Leningradi_Edasi_toimetus, lk 99
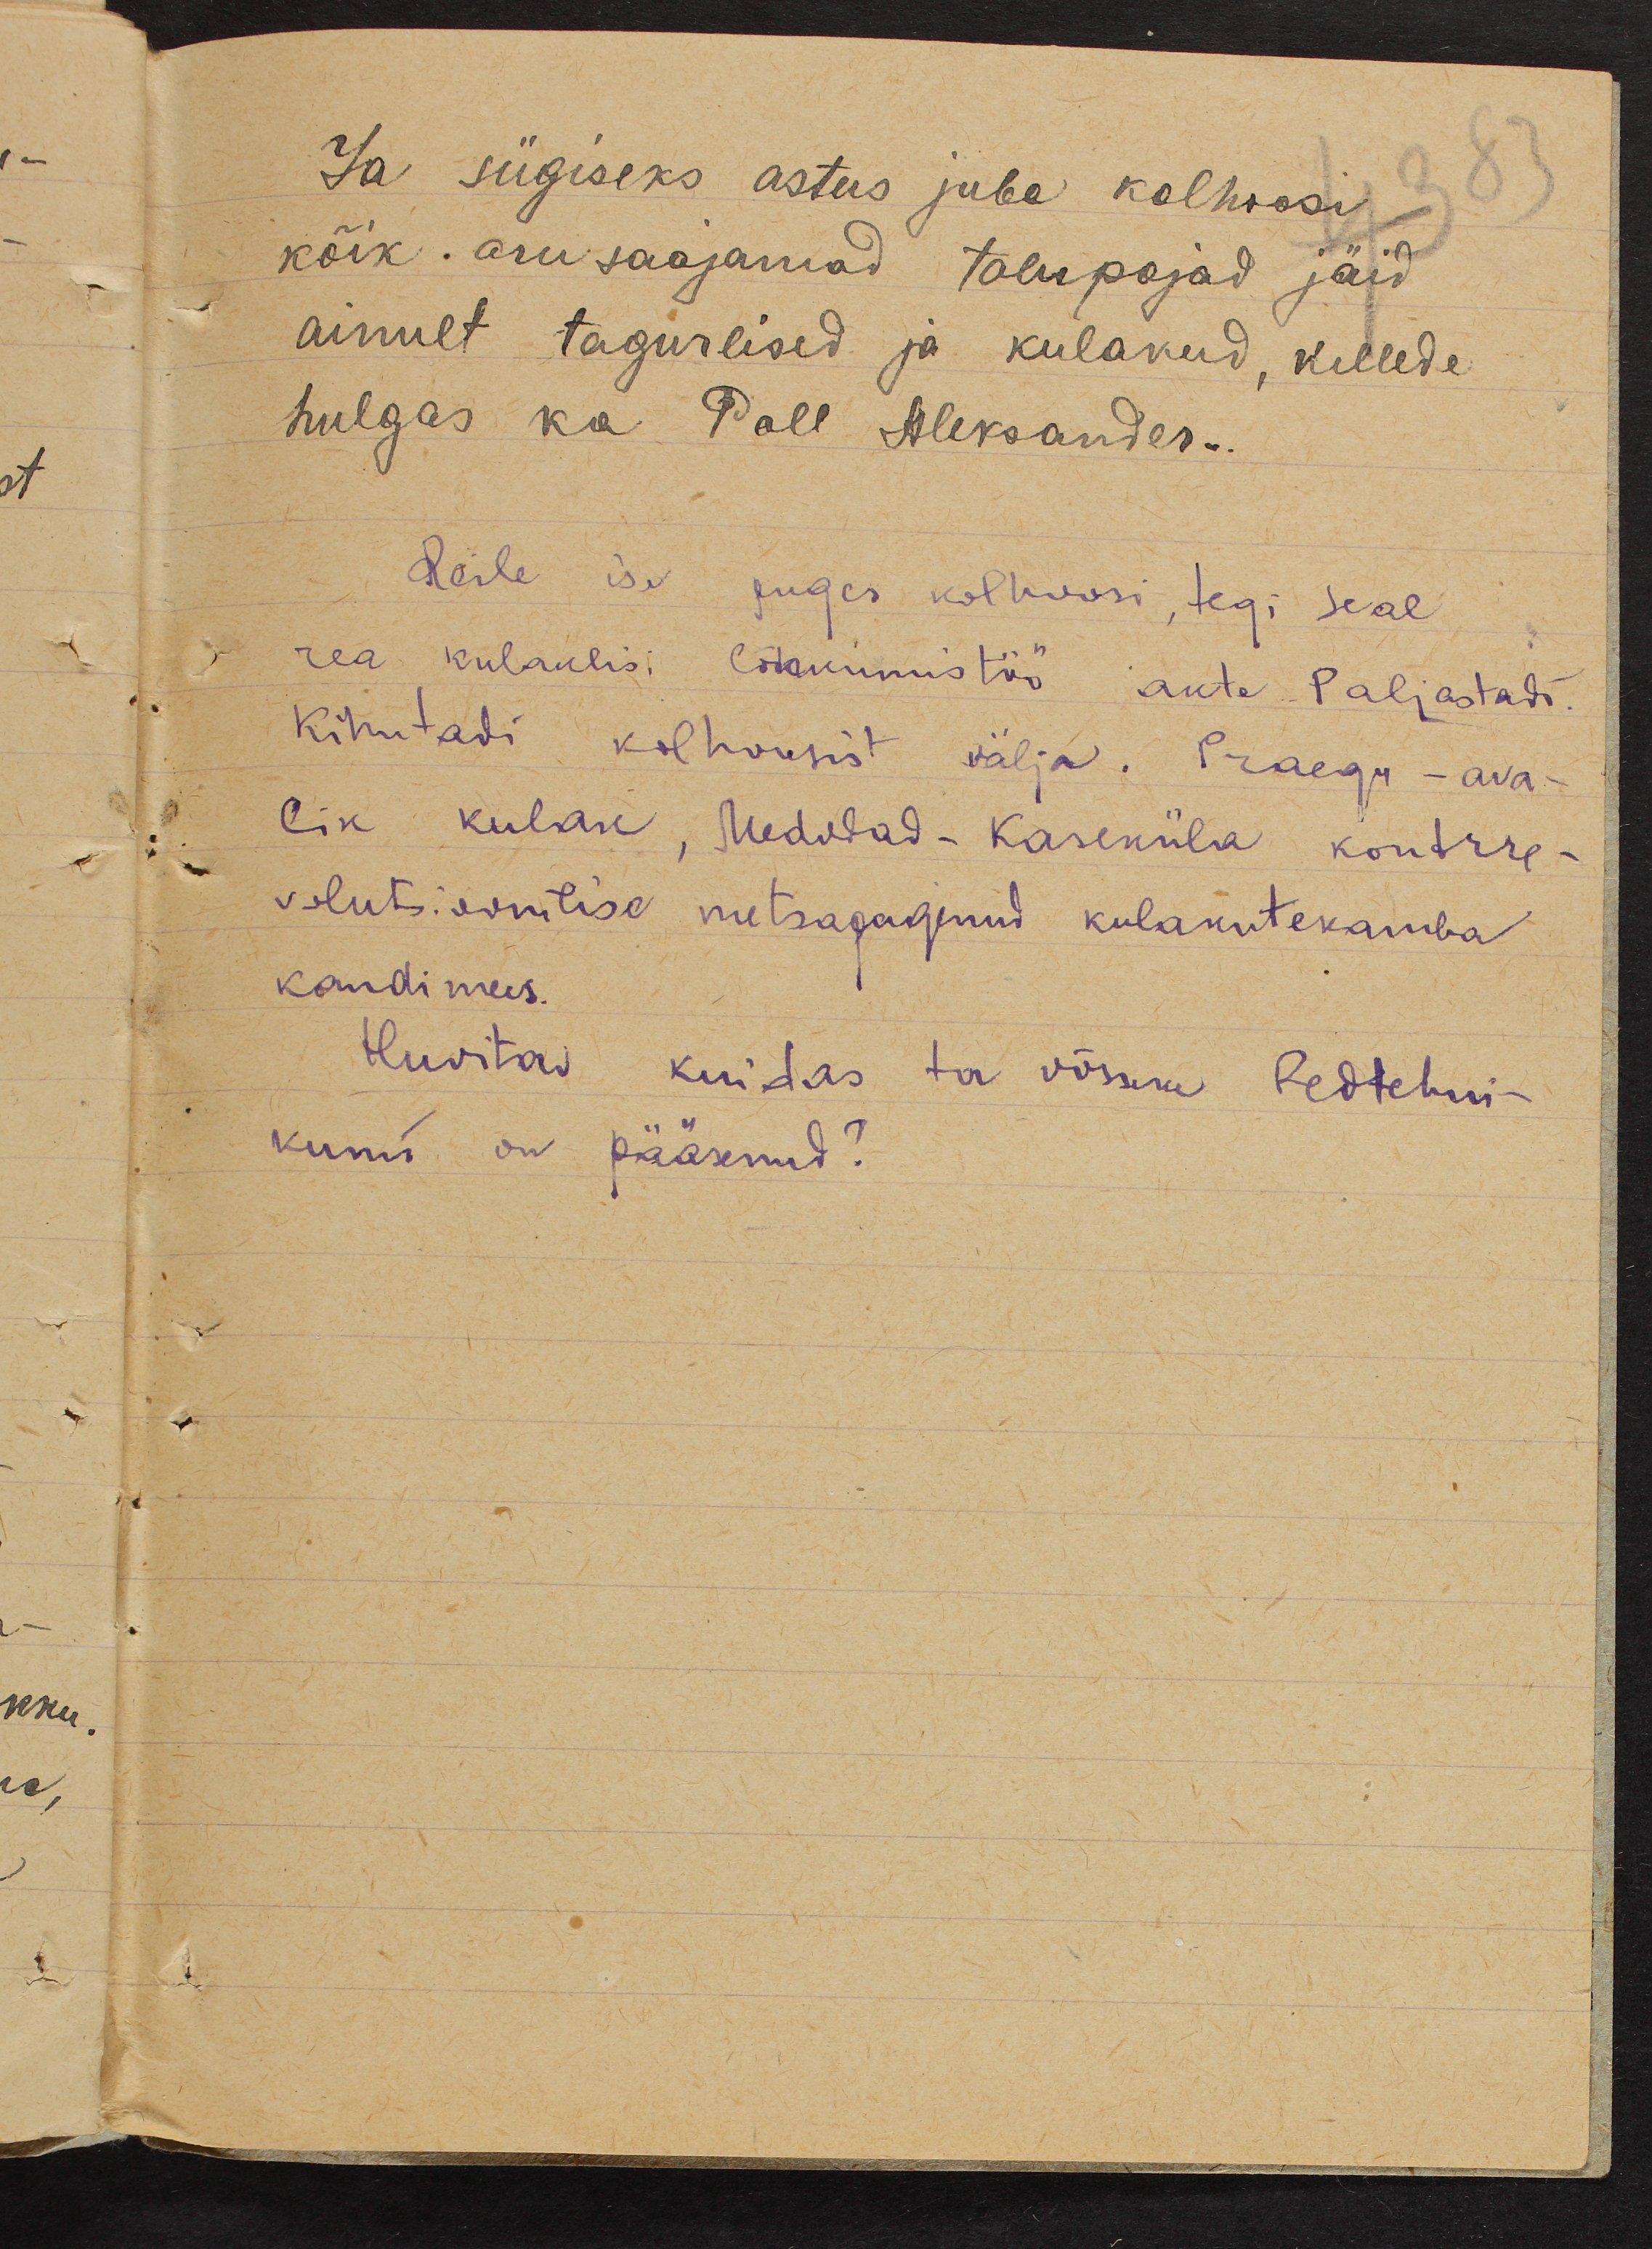
Ja sügiseks astus juba kolhoosi
kõik . arusaajamad talupojad jäid
ainult tagurlised ja kulakud, kellede
hulgas ka Poll Aleksander..
Reile ise puges kolhoosi, tegi seal
rea kulaklisi uurimistöö akte Paljastadi.
Kihutadi kolhoosist välja. Praegu - ava-
lik kulak, Medudad - Kaseküla kontrre-
volutsioonilise metsapagenud kulakutekamba
kandimees.
Huvitav kuidas ta võrru Pedtehni-
kumi on pääsenud?